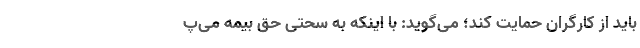
باید از کارگران حمایت کند؛ می‌گوید: با اینکه به سحتی حق بیمه می‌پ